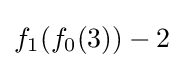
f_{1}(f_{0}(3))-2